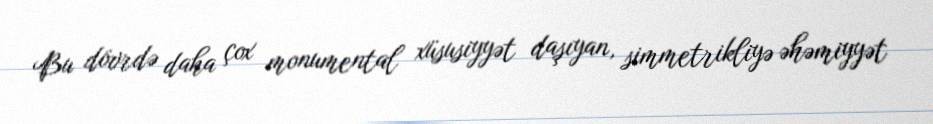
Bu dövrdə daha çox monumental xüsusiyyət daşıyan, simmetrikliyə əhəmiyyət